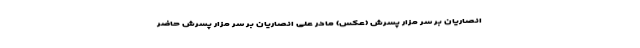
انصاریان بر سر مزار پسرش (عکس) مادر علی انصاریان بر سر مزار پسرش حاضر